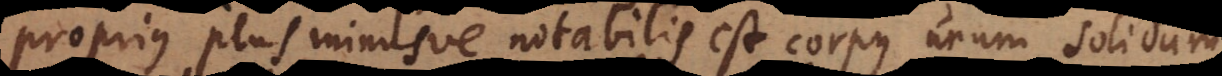
proprius plus minusve notabilis est, corpus unum solidum,